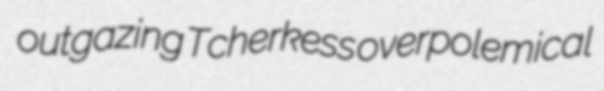
outgazing Tcherkess overpolemical